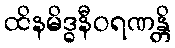
ထိနမိဒ္ဓနီဝရဏန္တိ